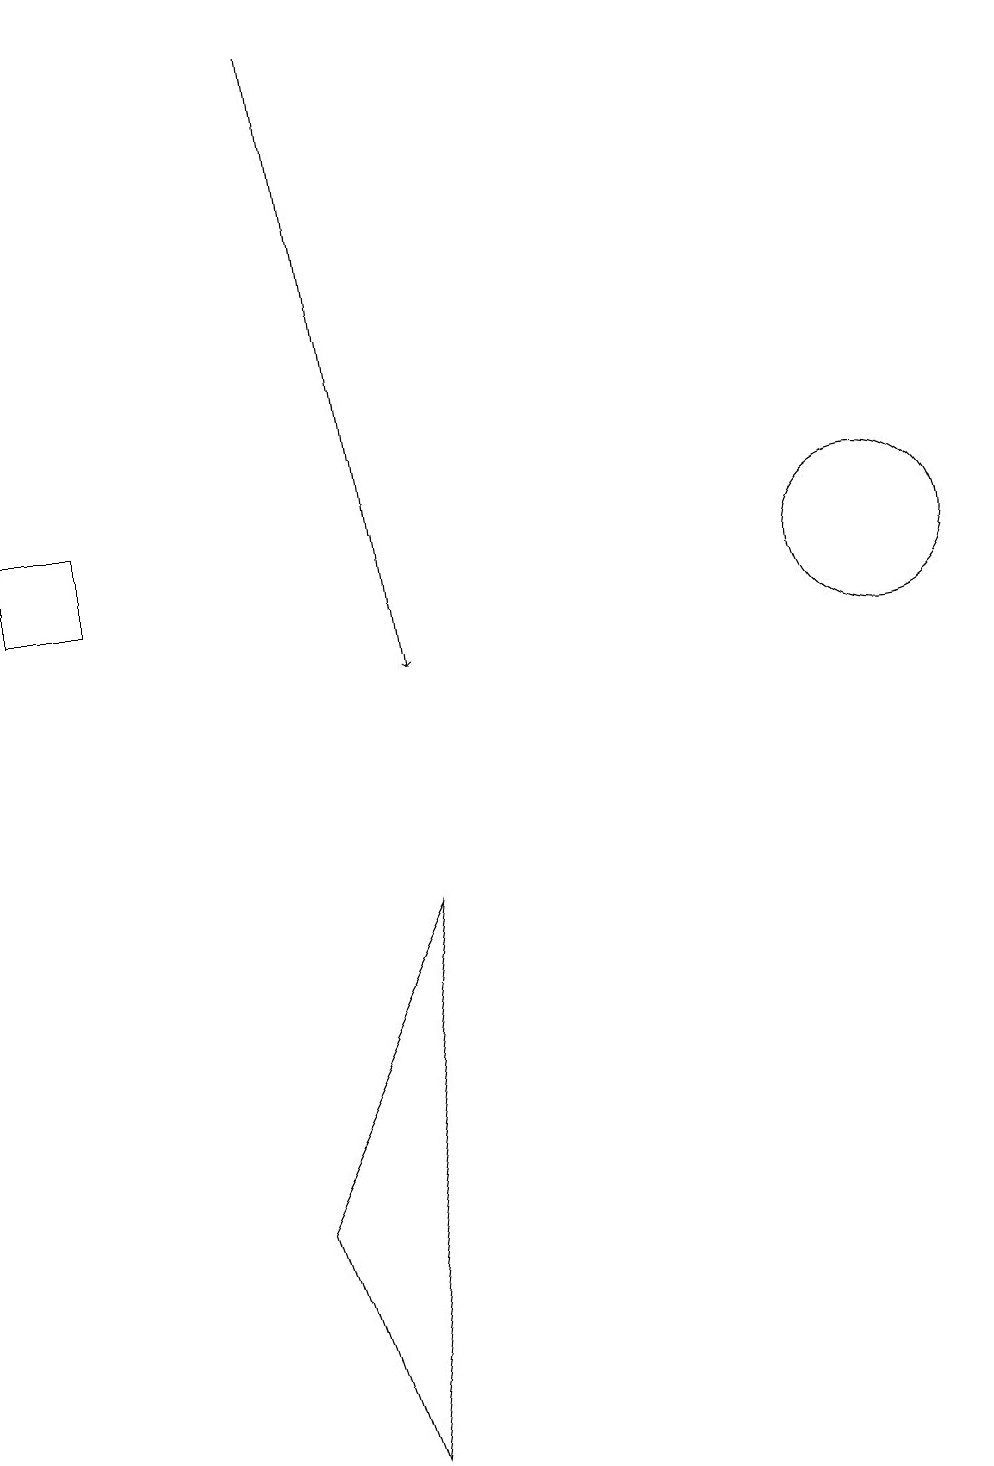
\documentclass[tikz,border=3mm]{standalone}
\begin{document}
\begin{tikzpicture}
\draw[->] (4,18) -- (5,10);
\draw (11,11) circle (1);
\draw (5,7) -- (4,0) -- (3,3) -- cycle;
\draw (0,11) rectangle (1,12);
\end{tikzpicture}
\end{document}